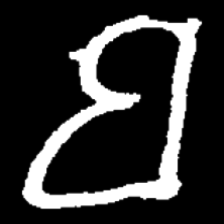
Pyu character \u2014 Myanmar letter: ဗ (romanized: ba)